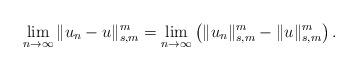
LaTeX: \begin{align*}\displaystyle\lim_{n \rightarrow \infty} \Vert u_n - u \Vert_{s,m}^{m} = \displaystyle\lim_{n \rightarrow \infty } \left( \Vert u_n \Vert_{s,m}^{m} - \Vert u \Vert_{ s,m}^{m} \right).\end{align*}